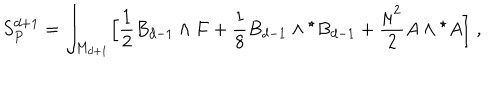
S _ { P } ^ { d + 1 } = \int _ { M _ { d + 1 } } \Bigl [ { \frac { 1 } { 2 } } B _ { d - 1 } \wedge F + { \frac { 1 } { 8 } } B _ { d - 1 } \wedge { } ^ { \star } B _ { d - 1 } + { \frac { \mu ^ { 2 } } { 2 } } A \wedge { } ^ { \star } A \Bigl ] \; ,